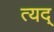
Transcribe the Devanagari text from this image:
त्यद्